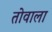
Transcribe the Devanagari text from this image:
तोवाला